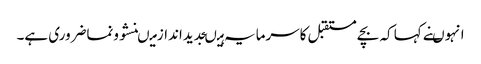
انہوںنے کہا کہ بچے مستقبل کاسرمایہ ہیںجدیداندازمیںنشوونماضروری ہے۔